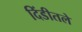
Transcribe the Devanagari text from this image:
दिंडीतले